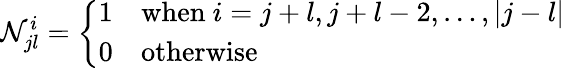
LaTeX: \mathcal{N}_{jl}^{i}=\left\{ \begin{array}{ll}{{1}}&{{\mathrm{when}~i=j+l,j+l-2,\ldots,|j-l|}}\\ {{0}}&{{\mathrm{otherwise}}}\end{array}\right.